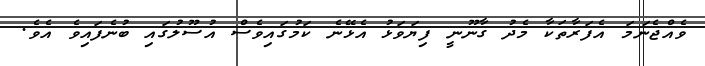
ވެއްޖެނަމަ އެފަރާތަކާ މެދު ގާނޫނީ ފިޔަވަޅު އެޅޭނެ ކަމުގައިވެސް އުސޫލުގައި ބުނެފައިވެ އެވެ.